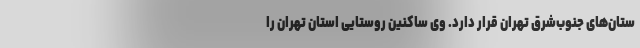
ستان‌های جنوب‌شرق تهران قرار دارد. وی ساکنین روستایی استان تهران را